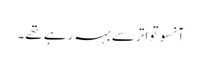
آنسو تواتر سے بہہ رہے تھے۔